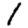
Digit: 1